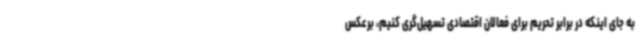
به جای اینکه در برابر تحریم برای فعالان اقتصادی تسهیل‌گری کنیم، برعکس